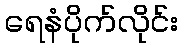
ရေနံပိုက်လိုင်း